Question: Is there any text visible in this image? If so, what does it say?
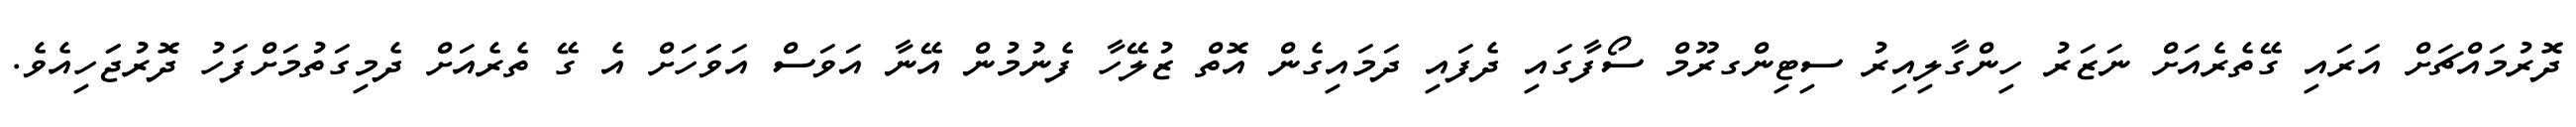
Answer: ދޮރުމައްޗަށް އަރައި ގޭތެރެއަށް ނަޒަރު ހިންގާލިއިރު ސިޓިންގރޫމް ސޯފާގައި ދެފައި ދަމައިގެން އޮތް ޒުލޭހާ ފެނުމުން އޭނާ އަވަސް އަވަަހަށް އެ ގޭ ތެރެއަށް ދެމިގަތުމަށްފަހު ދޮރުޖަަހިއެވެ.